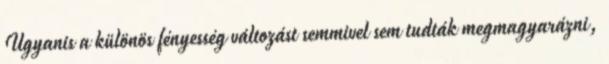
Ugyanis a különös fényesség változást semmivel sem tudták megmagyarázni,